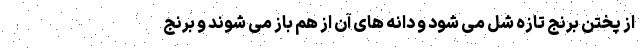
از پختن برنج تازه شل می شود و دانه های آن از هم باز می شوند و برنج